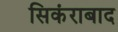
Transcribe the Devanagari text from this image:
सिकंराबाद